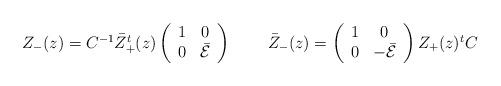
LaTeX: \begin{align*}\begin{array}{cc}Z_{-}(z)=C^{-1}\bar{Z}^{t}_{+}(z)\left(\begin{array}{cc} 1&0\\ 0&\bar{\cal E} \end{array}\right)~~&~~\bar{Z}_{-}(z)=\left(\begin{array}{cc} 1&0\\ 0&-\bar{\cal E} \end{array}\right) Z_{+}(z){}^{t}C \end{array}\end{align*}